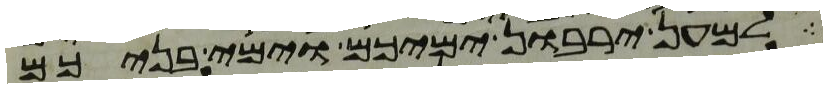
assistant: למען ירבון ימיכם וימי בניכם